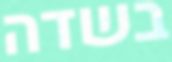
בשדה